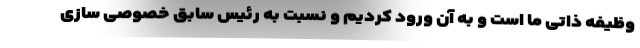
وظیفه ذاتی ما است و به آن ورود کردیم و نسبت به رئیس سابق خصوصی سازی